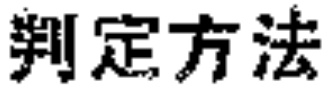
判定方法